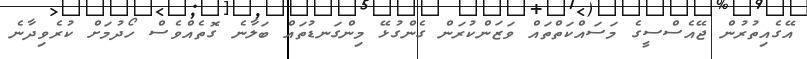
އޭގެއިތުރުން ޖޭއެސްސީގެ މަސައްކަތްތައް ވަޒަންކުރަން ގެންގުޅޭ މިންގަނޑުތައް ބަލާނެ ގޮތެއްވެސް ހޯދުމަށް ކުރެވިދާނެ